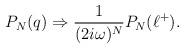
LaTeX: \begin{align*}P_N(q)\Rightarrow {1\over{(2i\omega)^N}}P_N(\ell^+).\end{align*}